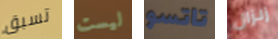
تسبق ليست تاتسو زلزال